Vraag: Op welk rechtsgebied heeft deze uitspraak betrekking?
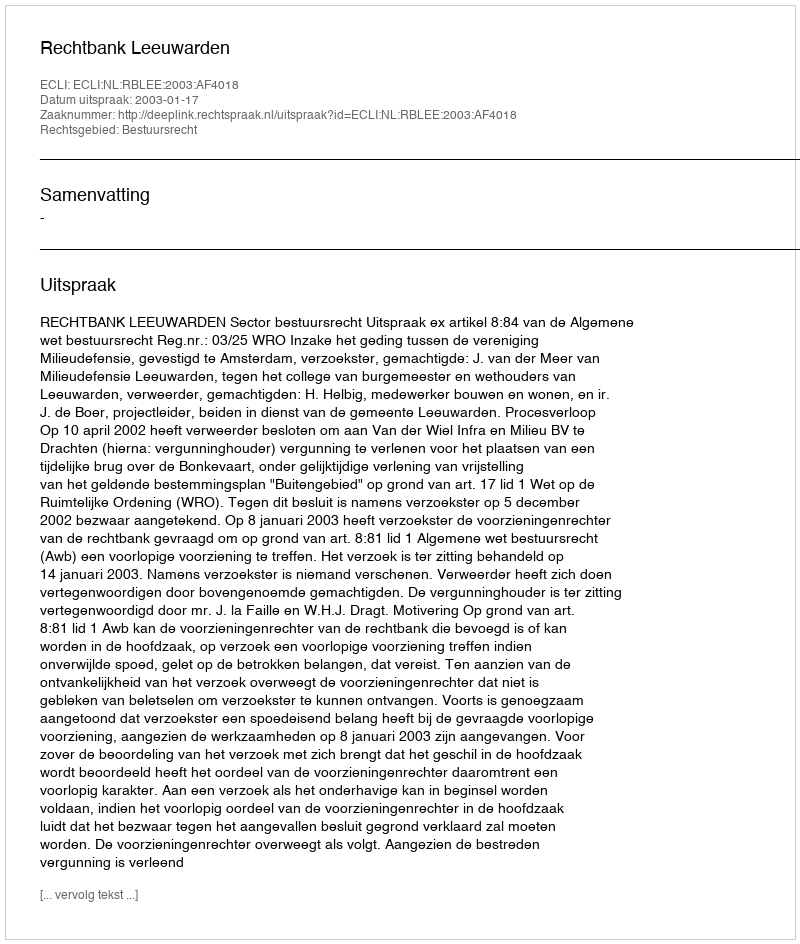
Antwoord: Bestuursrecht